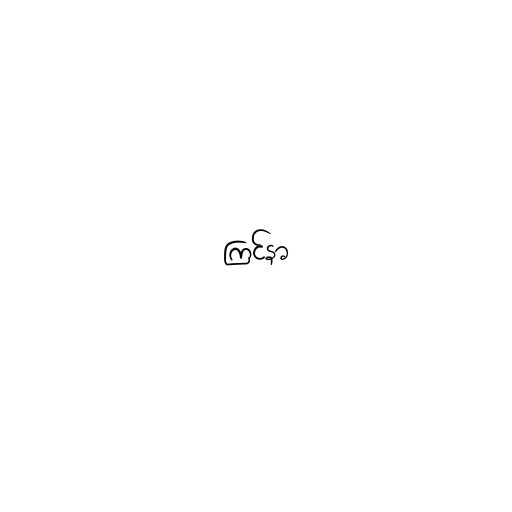
ကြင်နာ